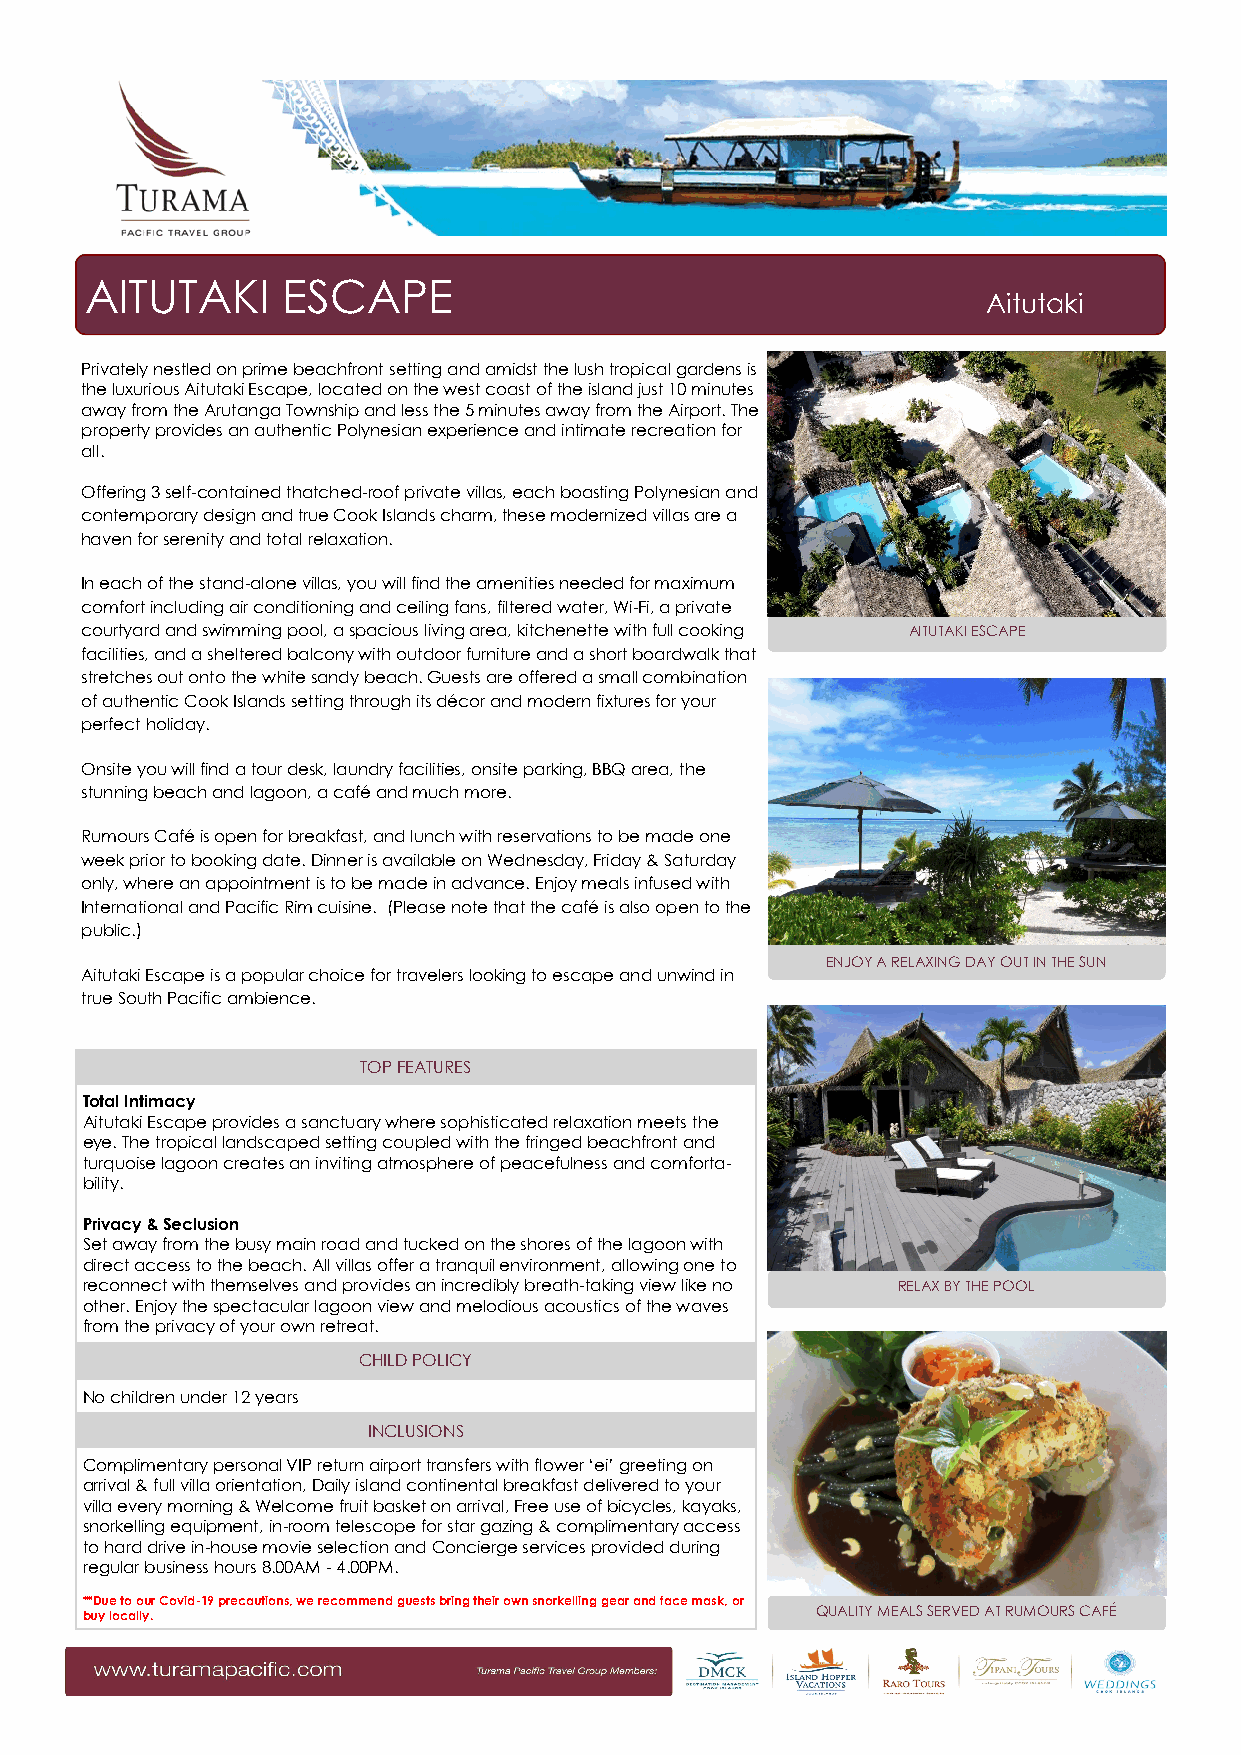
Property Factsheet
 AITUTAKI     ESCAPE
 Aitutaki
 Privately nestled on prime beachfront setting and amidst the lush tropical gardens is
 the luxurious Aitutaki Escape, located on the west coast of the island just 10 minutes
 away from the Arutanga Township and less the 5 minutes away from the Airport. The
 property provides an authentic Polynesian experience and intimate recreation for
 all.
 Offering 3 self-contained thatched-roof private villas, each boasting Polynesian and
 contemporary design and true Cook Islands charm, these modernized villas are a
 haven for serenity and total relaxation.
 In each of the stand-alone villas, you will find the amenities needed for maximum
 comfort including air conditioning and ceiling fans, filtered water, Wi-Fi, a private
 courtyard and swimming pool, a spacious living area, kitchenette with full cooking AITUTAKI ESCAPE
 facilities, and a sheltered balcony with outdoor furniture and a short boardwalk that
 stretches out onto the white sandy beach. Guests are offered a small combination
 of authentic Cook Islands setting through its décor and modern fixtures for your
 perfect holiday.
 Onsite you will find a tour desk, laundry facilities, onsite parking, BBQ area, the
 stunning beach and lagoon, a café and much more.
 Rumours Café is open for breakfast, and lunch with reservations to be made one
 week prior to booking date. Dinner is available on Wednesday, Friday & Saturday
 only, where an appointment is to be made in advance. Enjoy meals infused with
 International and Pacific Rim cuisine. (Please note that the café is also open to the
 public.)
 ENJOY A RELAXING DAY OUT IN THE SUN
 Aitutaki Escape is a popular choice for travelers looking to escape and unwind in
 true South Pacific ambience.
 TOP FEATURES
 Total Intimacy
 Aitutaki Escape provides a sanctuary where sophisticated relaxation meets the
 eye. The tropical landscaped setting coupled with the fringed beachfront and
 turquoise lagoon creates an inviting atmosphere of peacefulness and comforta-
 bility.
 Privacy & Seclusion
 Set away from the busy main road and tucked on the shores of the lagoon with
 direct access to the beach. All villas offer a tranquil environment, allowing one to
 reconnect with themselves and provides an incredibly breath-taking view like no RELAX BY THE POOL
 other. Enjoy the spectacular lagoon view and melodious acoustics of the waves
 from the privacy of your own retreat.
 CHILD POLICY
 No children under 12 years
 INCLUSIONS
 Complimentary personal VIP return airport transfers with flower ‘ei’ greeting on
 arrival & full villa orientation, Daily island continental breakfast delivered to your
 villa every morning & Welcome fruit basket on arrival, Free use of bicycles, kayaks,
 snorkelling equipment, in-room telescope for star gazing & complimentary access
 to hard drive in-house movie selection and Concierge services provided during
 regular business hours 8.00AM - 4.00PM.
 **Due to our Covid-19 precautions, we recommend guests bring their own snorkelling gear and face mask, or
 buy locally.                                     QUALITY MEALS SERVED AT RUMOURS CAFÉ